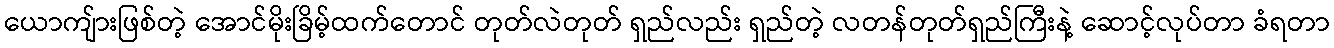
ယောကျ်ားဖြစ်တဲ့ အောင်မိုးခြိမ့်ထက်တောင် တုတ်လဲတုတ် ရှည်လည်း ရှည်တဲ့ လတန်တုတ်ရှည်ကြီးနဲ့ ဆောင့်လုပ်တာ ခံရတာ